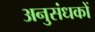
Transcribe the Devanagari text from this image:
अनुसंधकों